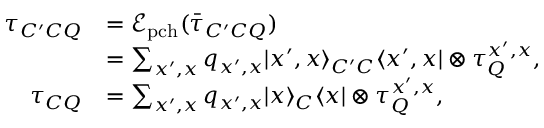
\begin{array} { r l } { \tau _ { C ^ { \prime } C Q } } & { = \mathcal { E } _ { \mathrm { p c h } } ( \bar { \tau } _ { C ^ { \prime } C Q } ) } \\ & { = \sum _ { x ^ { \prime } , x } q _ { x ^ { \prime } , x } | x ^ { \prime } , x \rangle _ { C ^ { \prime } C } \langle x ^ { \prime } , x | \otimes \tau _ { Q } ^ { x ^ { \prime } , x } , } \\ { \tau _ { C Q } } & { = \sum _ { x ^ { \prime } , x } q _ { x ^ { \prime } , x } | x \rangle _ { C } \langle x | \otimes \tau _ { Q } ^ { x ^ { \prime } , x } , } \end{array}